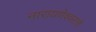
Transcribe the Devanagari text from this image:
नारायणेश्वराचे